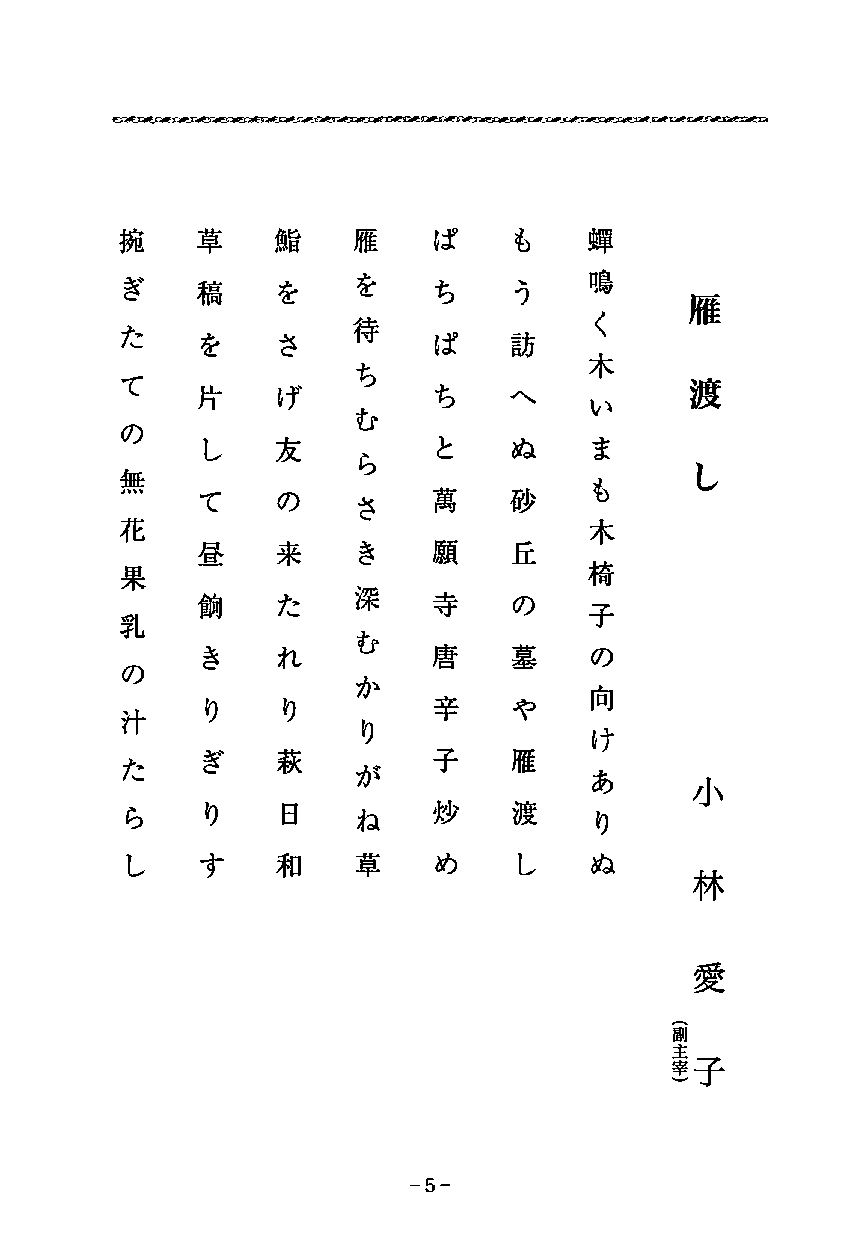
’•f:園町ヨ同ヨ:;,II!王諸便宜羽哩:QI!!.白檀＂＂聖司畦月間宜道宅自•s..－更}Oil_
 椀    草    魚旨    雁    lま   も    蝉
 ぎ    稿     を    を    ち    つ    鳴
 雁
 待
 た
 を     さ         ば    訪
 木
 ち
 て    片     tj'       ち    ........... 渡
 し＝
 む
 の
 し   友          と    ぬ    ま
 ら
 し
 鉦
 も
 て     の         高    砂
 さ
 花                              木
 昼     来    き    願    丘
 呆                              椅
 j架
 倒     た         寺    の
 子
 乳
 む
 き    れ         唐    墓    の
 の
 か
 向
 り    り         辛    や
 汁
 ~t
 ぎ    萩         子    雁
 た               ミカ
 あ
 ら     り    日    ね    妙    渡     り
 し   す    和     草    め    し    ぬ
 林
 愛
 子
 喜副
 −h
 d